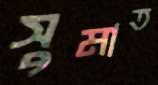
সুমাত